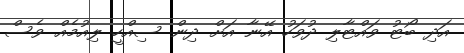
އަދި ބޯޓު ވައްޓާލި ދުވަހު އޭނާ އަށް ދިން ސިއްހީ ލިއުމެއް ވެސް